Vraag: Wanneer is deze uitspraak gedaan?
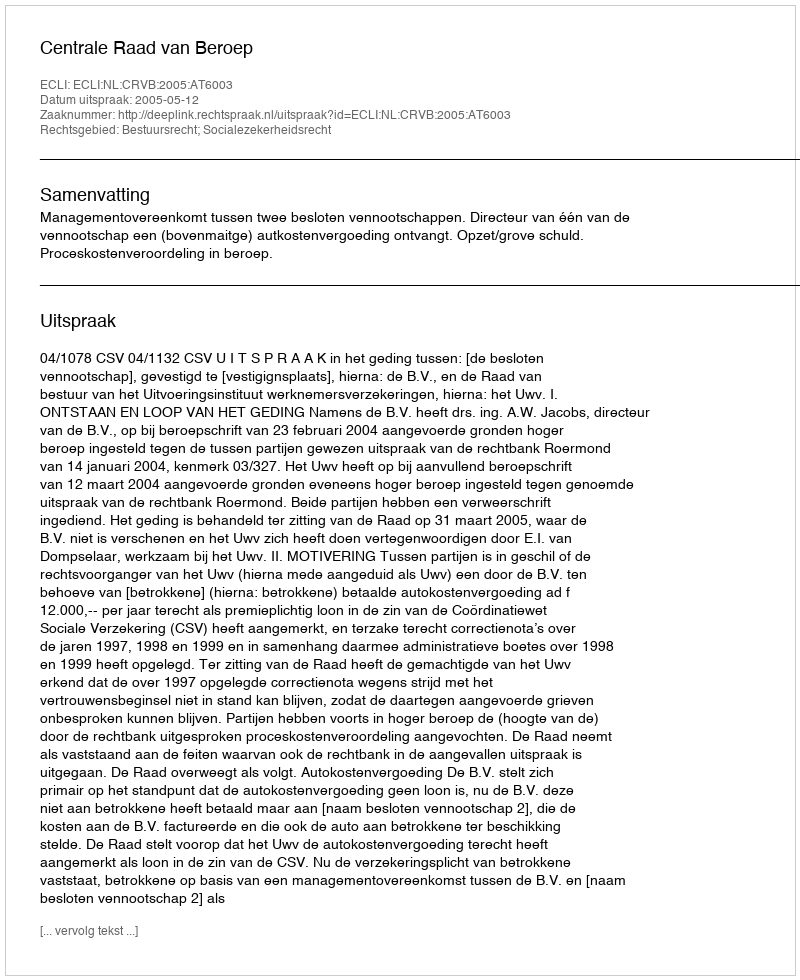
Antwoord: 2005-05-12